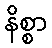
နိစ္စာ